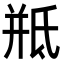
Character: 𭯱